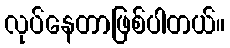
လုပ်နေတာဖြစ်ပါတယ်။